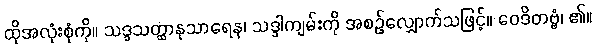
ထိုအလုံးစုံကို။ သဒ္ဒသတ္ထာနုသာရေန၊ သဒ္ဒါကျမ်းကို အစဉ်လျှောက်သဖြင့်။ ဝေဒိတဗ္ဗံ၊ ၏။